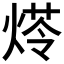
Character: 𤋶